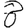
Digit: 8